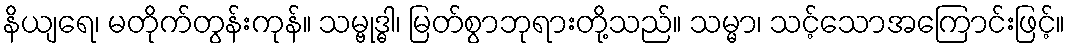
နိယျရေ၊ မတိုက်တွန်းကုန်။ သမ္ဗုဒ္ဓါ၊ မြတ်စွာဘုရားတို့သည်။ သမ္မာ၊ သင့်သောအကြောင်းဖြင့်။